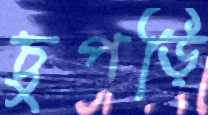
চুপড়ি